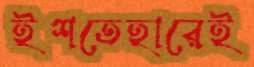
ইশতেহারেই